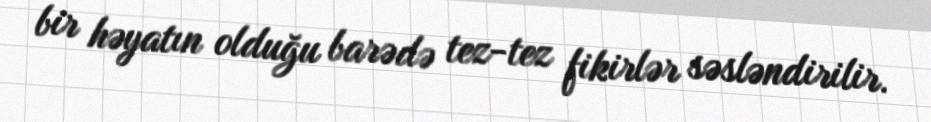
bir həyatın olduğu barədə tez-tez fikirlər səsləndirilir.